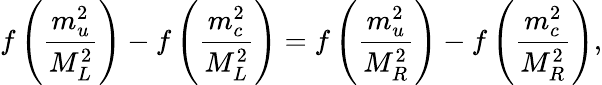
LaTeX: f\left(\frac{m_{u}^{2}}{M_{L}^{2}}\right)-f\left(\frac{m_{c}^{2}}{M_{L}^{2}}\right)=f\left(\frac{m_{u}^{2}}{M_{R}^{2}}\right)-f\left(\frac{m_{c}^{2}}{M_{R}^{2}}\right),